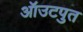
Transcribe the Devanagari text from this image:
ऑउटपुत